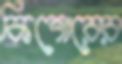
কিশোরের